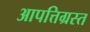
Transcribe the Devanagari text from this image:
आपत्तिग्रस्त